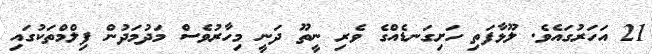
21 އަހަރުގައެވެ. ލޫޅާފަތި ހަށިގަނޑެއްގެ ވެރި ނީތޫ ދަނީ މިހާރުވެސް މަދުމަދުން ފިލްމްތަކުގައި